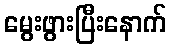
မွေးဖွားပြီးနောက်